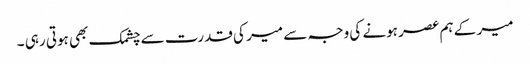
میر کے ہم عصر ہونے کی وجہ سے میر کی قدرت سے چشمک بھی ہوتی رہی ۔